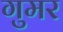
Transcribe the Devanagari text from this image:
गुमर